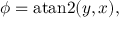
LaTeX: \phi = \operatorname { a t a n 2 } ( y , x ) ,